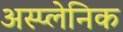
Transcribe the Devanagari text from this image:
अस्प्लेनिक